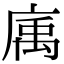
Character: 𢉠